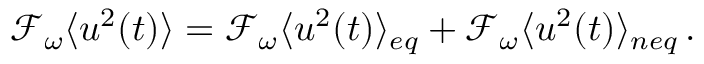
\mathcal { F } _ { \omega } \langle u ^ { 2 } ( t ) \rangle = \mathcal { F } _ { \omega } \langle u ^ { 2 } ( t ) \rangle _ { e q } + \mathcal { F } _ { \omega } \langle u ^ { 2 } ( t ) \rangle _ { n e q } \, .